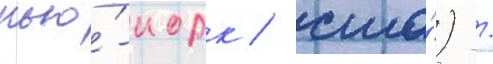
нью́-иорк / сша́) /